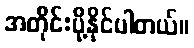
အတိုင်းပို့နိုင်ပါတယ်။